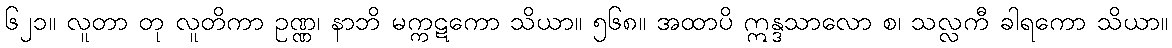
၆၂၁။ လူတာ တု လူတိကာ ဥဏ္ဏ၊ နာဘိ မက္ကဋကော သိယာ။ ၅၆၈။ အထာပိ ဣန္ဒသာလော စ၊ သလ္လကီ ခါရကော သိယာ။